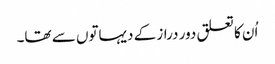
اُن کا تعلق دور دراز کے دیہاتوں سے تھا۔